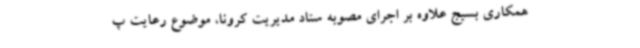
همکاری بسیج علاوه بر اجرای مصوبه ستاد مدیریت کرونا، موضوع رعایت پ